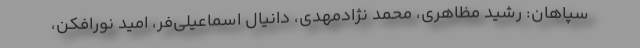
سپاهان: رشید مظاهری، محمد نژادمهدی، دانیال اسماعیلی‌فر، امید نورافکن،